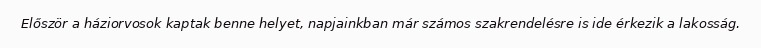
Először a háziorvosok kaptak benne helyet, napjainkban már számos szakrendelésre is ide érkezik a lakosság.